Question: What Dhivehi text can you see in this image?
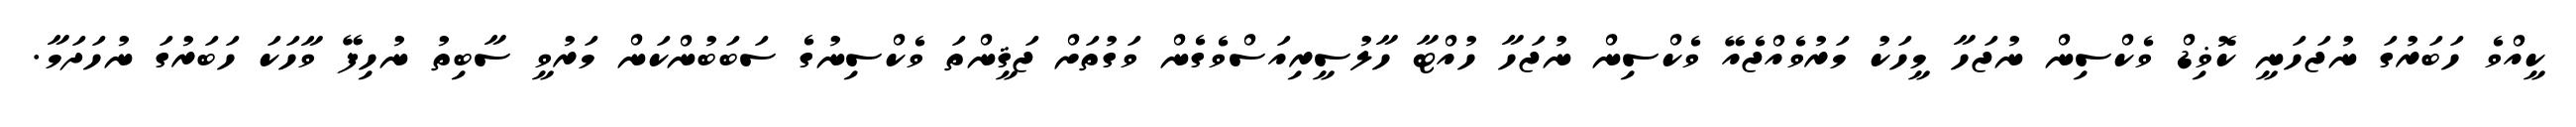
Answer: ކީއްވެ ހަބަރުގަ ނުޖަހަނީ ކޮޥިޑް ވެކްސިން ނުޖަހާ މީހަކު މަރުވެއްޖެއޭ ވެކްސިން ނުޖަހާ ހުއްޓާ ހާލުސީރިއަސްވެގެން ވަގުތަށް ޖަޤީންތަ ވެކްސިނުގެ ސަބަބުންކަން މަރުވީ ސާބިތު ނުހިފޭ ވާހަކަ ހަބަރުގަ ނުހަދަމާ.